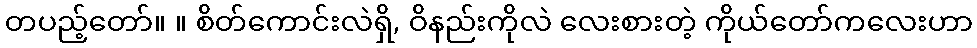
တပည့်တော်။ ။ စိတ်ကောင်းလဲရှိ, ဝိနည်းကိုလဲ လေးစားတဲ့ ကိုယ်တော်ကလေးဟာ